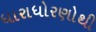
ધારાધોરણોથી